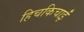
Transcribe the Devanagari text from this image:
हिचकिचाईं